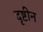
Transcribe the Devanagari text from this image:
दृष्टीन